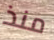
منذ